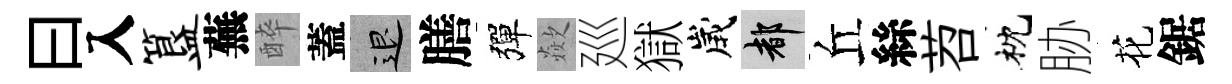
曰入簋蕪醉蓋退膳彈歘廵獄歲都丘絲苕枕胁花鋸